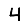
Digit: 4